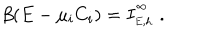
\beta ( E - \mu _ { i } C _ { i } ) = I _ { \phantom { } _ { E , h } } ^ { \phantom { } ^ { \infty } } \ .